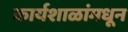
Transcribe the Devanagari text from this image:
कार्यशाळांमधून